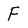
Character: F